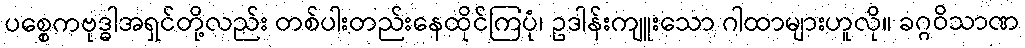
ပစ္စေကဗုဒ္ဓါအရှင်တို့လည်း တစ်ပါးတည်းနေထိုင်ကြပုံ၊ ဥဒါန်းကျူးသော ဂါထာများဟူလို။ ခဂ္ဂဝိသာဏ